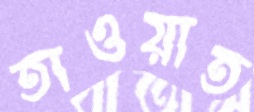
তাওয়াত